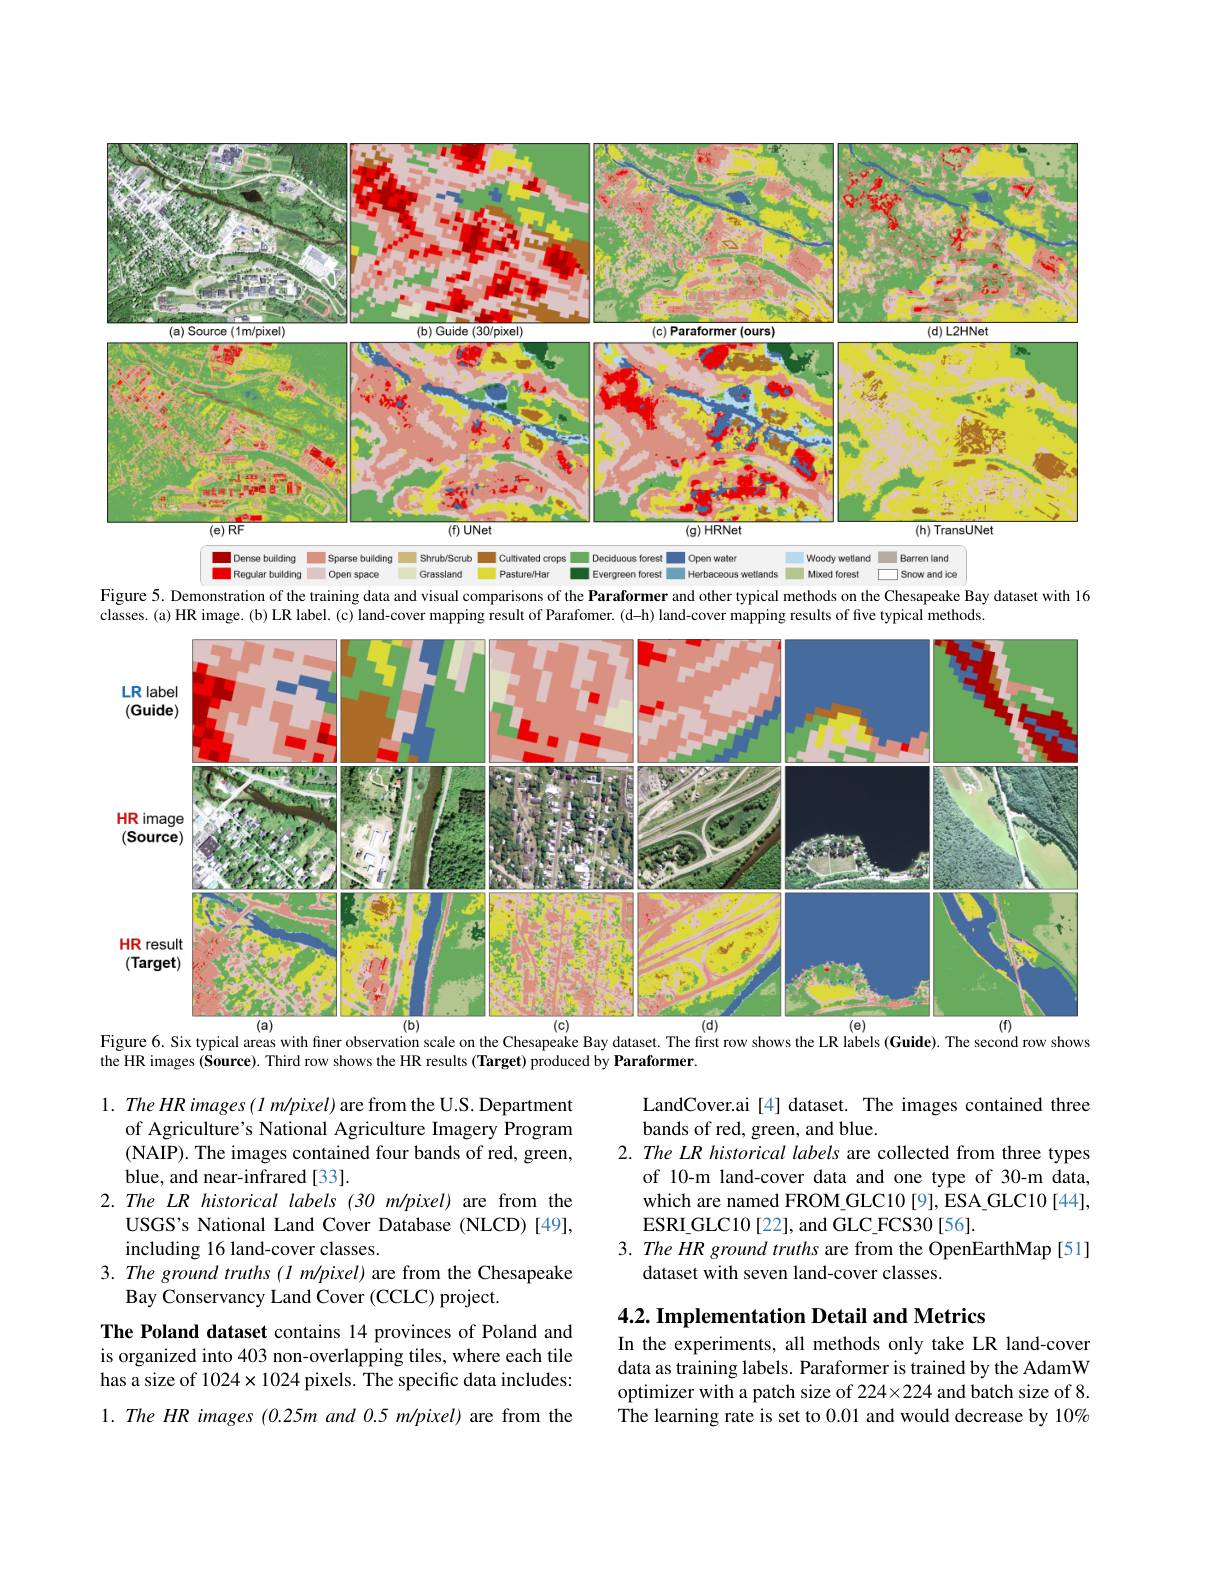
<FigureHere>
Figure 5. Demonstration of the training data and visual comparisons of the Paraformer and other typical methods on the Chesapeake Bay dataset

classes. (a) HR image. (b) LR label. (c) land-cover mapping result of Parafomer. (d-h) land-cover mapping results of five typical methods
<FigureHere>
Figure 6. Six typical areas with finer observation scale on the Chesapeake Bay dataset. The first row shows the LR labels (Guide). The second row shows

the HR images (Source). Third row shows the HR results (Target) produced by Paraformer.

LandCover.ai[4] dataset. The images contained three
bands of red, green, and blue.
2. The LR historical labels are collected from three types
of 10-m land-cover data and one type of 30-m data, which are named FROM GLC10 [9], ESA GLC10 [44], ESRI$\_$GLC10[ 22] , and GLC$\_$FCS30 [ 56] .
3. The HR ground truths are from the OpenEarthMap [51]
dataset with seven land-cover classes.

$1. \textit{ The HR images ( l m/ pixel) are from the U. S. Department}$
of Agriculture's National Agriculture Imagery Program (NAIP). The images contained four bands of red, green, blue, and near-infrared[33].
2. The LR historical labels (30 m/pixel) are from the
USGS's National Land Cover Database (NLCD)[49],
including 16 land-cover classes.
3. The ground truths (1 m/pixel) are from the Chesapeake
Bay Conservancy Land Cover (CCLC) project.
The Poland dataset contains 14 provinces of Poland and is organized into 403 non-overlapping tiles, where each tile has a size of $1024\times1024$ pixels. The specific data includes: $1.TheHR$ images $(0.25mand0.5m/pixel)$ are from the

$4. 2. \textbf{ Implementation Detail and Metrics}$

In the experiments, all methods only take LR land-cover data as training labels. Paraformer is trained by the AdamW optimizer with a patch size of 224×224 and batch size of 8. The learning rate is set to 0.01 and would decrease by $10\%$